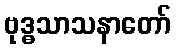
ဗုဒ္ဓသာသနာတော်